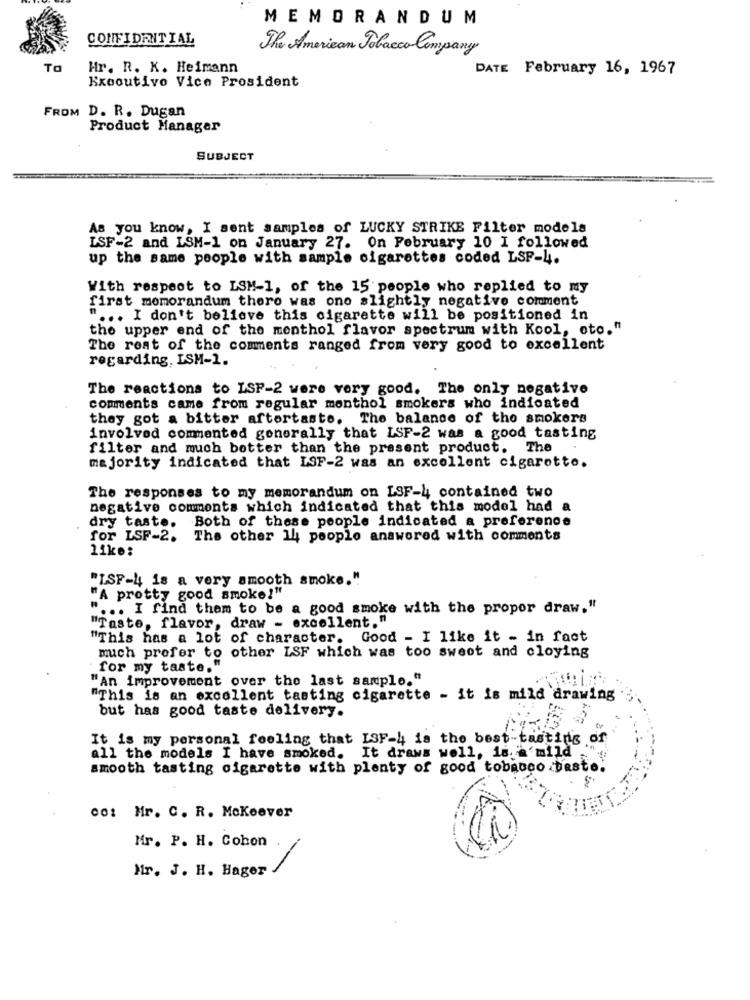
MEMORANDUM
CONFIDENTIAL
The American Tobacco Company
To
Hr. R. K. Heimann
DATE February 16, 1967
Executive Vice President
FROM D. R. Dugan
Product Manager
SUBJECT
As you know, I sent samples of LUCKY STRIKE Filter models
LSF-2 and ISM-1 on January 27. On February 10 I followed
up the same people with sample cigarettes coded LSF-4.
With respect to LSH-1, of the 15 people who replied to my
first memorandum there was one slightly negative comment
" ... I don't believe this cigarette will be positioned in
the upper end of the menthol flavor spectrum with Kool, oto."
The rest of the comments ranged from very good to excellent
regarding. ISM-1.
The reactions to LSP-2 were very good. The only negative
comments came from regular monthol smokers who indicated
they got a bitter aftertaste. The balance of the smokers
involved commented generally that LSF-2 was a good tasting
filter and much better than the present product. The
majority indicated that LSF-2 was an excellent cigarette.
The responses to my memorandum on LSF-4 contained two
negative comments which indicated that this model had a
Both of these people indicated a preference
dry taste.
for LSF-2. The other 14 people answered with comments
like:
"ISF-4 is a very smooth smoke."
"A pretty good smoke!"
" ... I find them to be a good smoke with the propor draw."
"Taste, flavor, draw - excellent."
"This has a lot of character. Good - I like it - in fact
much prefer to other LSF which was too sweet and cloying
for my taste."
"An improvement over the last sample."
"This is an excellent tasting cigarette - it is mild drawing
but has good taste delivery.
It is my personal feeling that ISF-4 is the best-tasting of
all the models I have smoked. It draws well, is. a'mild
smooth tasting cigarette with plenty of good tobacco beste.
co: Mr. C. R. Mckeever
Mr. P. H. Cohon
--
Mr. J. H. Hager